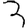
Digit: 3